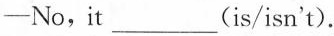
—No,it ___ (is/isn't).